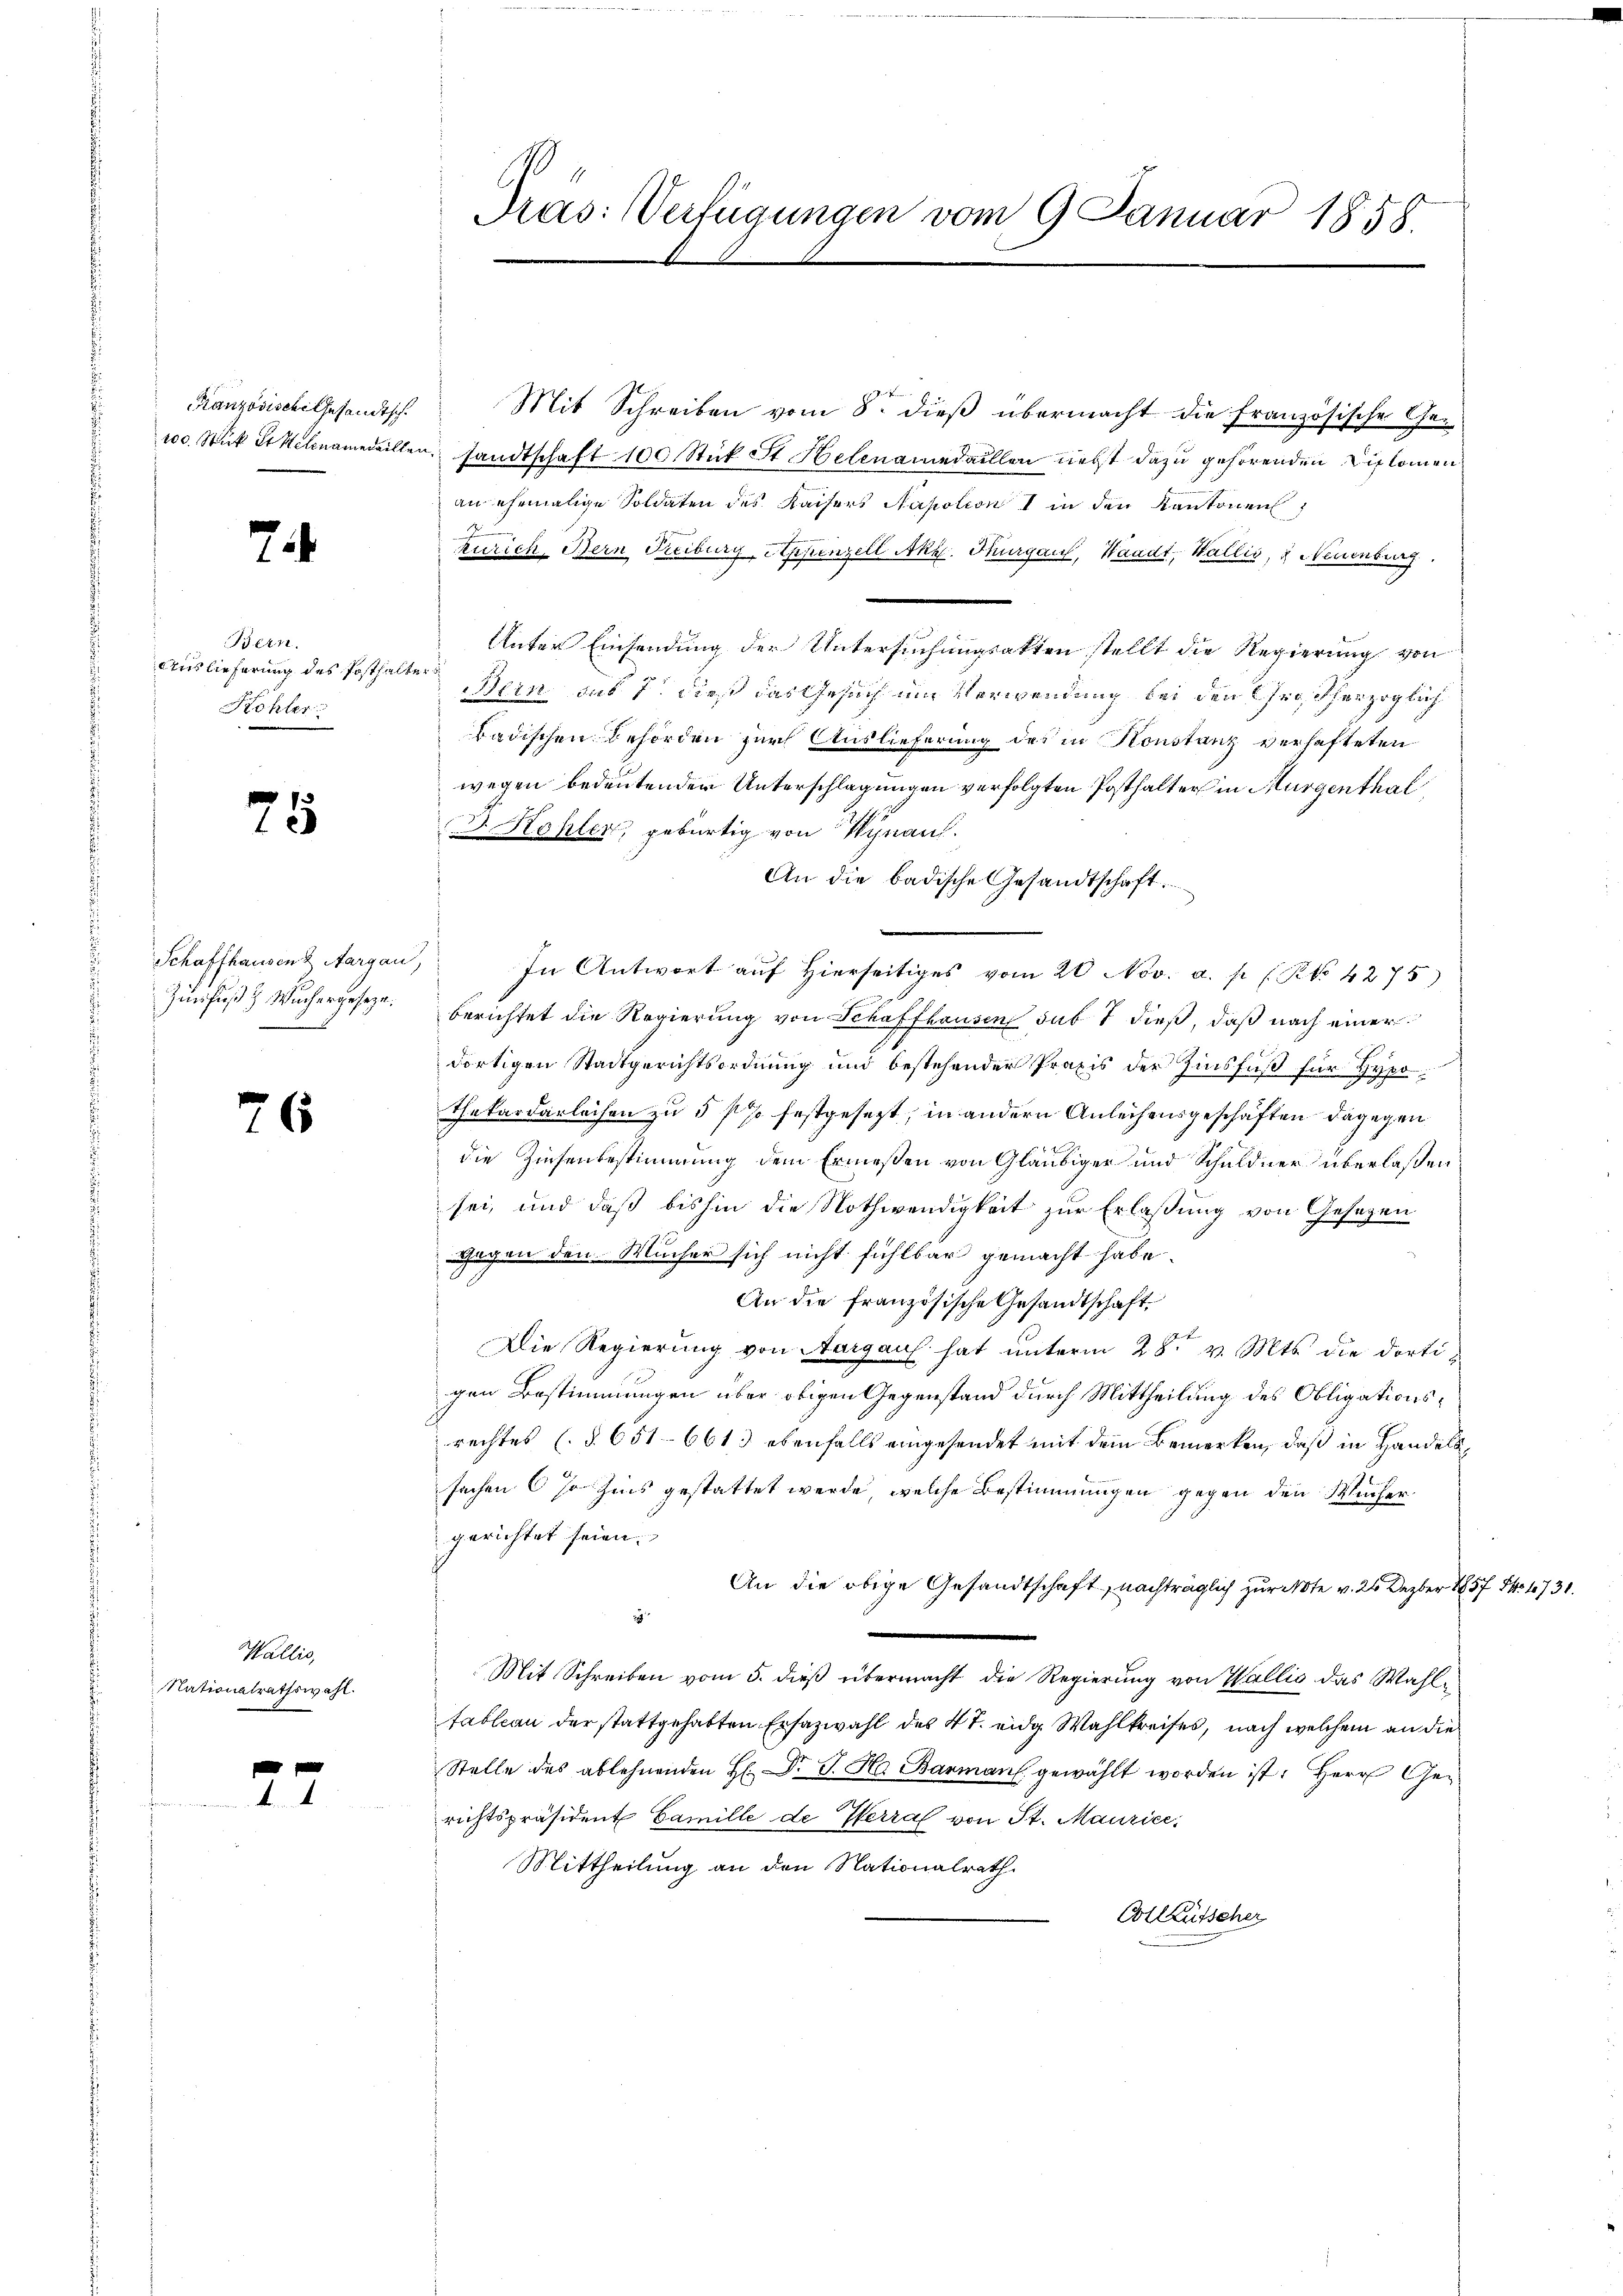
Ranzösische Gesandtsch.
200. Stük et Helenamedaillen.

7

Bern.
Auslieferung des Posthalte
Kohler

75

Schaffhausend Aargau,
Zurfuß Wuchergesetze.

76

Wallis,
Nationalrathswahl.

7

Pras: Verfügungen vom 9 Januar 1858.

Mit Schreiben vom 8. dieß übermacht die französische Gesandtschaft 100 Stück St Helenamedaillen nebst dazu gehörenden Diplomen
an ehemalige Soldaten des Kaisers Napotion I in den Kantonen,
Zürich, Bern Fribourg, Appenzell Akz. Thurgau, Waadt, Wallis, & Neuenburg
Unter Einsendung der Untersuchungsakten stellt die Regierung von
Bein aus 7 dieß das Gesuch um Verwendung bei den Großherzoglich
badischen Behörden zur Auslieferung des in Konstanz verhafteten
wegen bedeutender Unterschlagungen verfolgten Posthalter in Murgenthal
 Kohler, gebürtig von Wynau.
An die badische Gesandtschaft.
In Antwort auf hierseitiges vom 20. Nov. a. p. (Ko 4275)
berichtet die Regierung von Schaffhausen sub 7 dieß, daß nach einer
dortigen Stadtgerichtsordnung und bestehender Praxis der Zinsfuß für Hypo¬
Thekardarleihen zu 5 f festgesezt, in andern Anleihensgeschäften dagegen
die Zinsenbestimmung dem Ermeßen von Gläubiger und Schuldner überlaßen
sei, und daß bishin die Nothwendigkeit zur Erlaßung von Gesetzen
gegen den Mücher sich nicht fühlbar gemacht habe.
An die französische Gesandtschaft
Die Regierung von Aargaus hat unterm 28. v. Mts. die dortigen Bestimmungen über obigen Gegenstand durch Mittheilung des Obligationsrechtes (§ 651-661) ebenfalls eingesendet mit dem Bemerken, daß in Handelssachen (so Zins gestattet werde, welche Bestimmungen gegen den Wucher
gerichtet seien.
An die obige Gesandtschaft, nachträglich zur Note v. 26 Dezbr 1857 Fr. 1731.
s
Mit Schreiben vom 5. dieß übermacht die Regierung von Wallis das Wahltableau der stattgehabten Erfazwahl des 4 t. eidg. Wahlkreises, nach welchem an die
Stelle des ablehnenden H: Dr. J. Ha Barman gewählt worden ist. Herr Gerichtspräsident Camille de Herrat von St. Maurice,
Mittheilung an den Nationalrath
Colleütscher